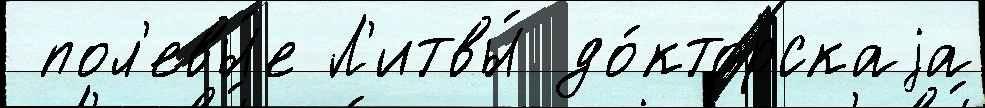
 пол'евы́е Л'итвы́ до́кторскаjа